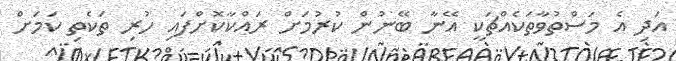
އަދި އެ މަސްތުވާތަކެއްޗަކީ އޭނާ ބޭނުން ކުރުމަށް ރައްކާކޮށްފައި ހުރި ތަކެތި ކަމަށް